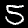
Digit: 5